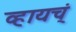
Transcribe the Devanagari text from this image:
व्हायच्ं